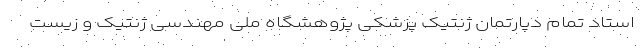
استاد تمام دپارتمان ژنتیک پزشکی پژوهشگاه ملی مهندسی ژنتیک و زیست